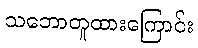
သဘောတူထားကြောင်း